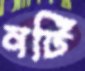
নটি